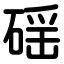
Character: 磘